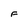
Character: F